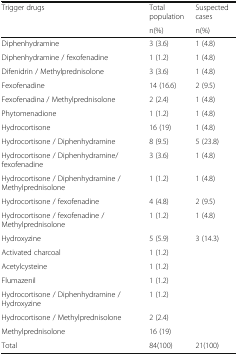
| <ROWSPAN=2> Trigger drugs | Total population | Suspected cases |
 | n(%) | n(%) |
 | --- | --- | --- |
 | Diphenhydramine | 3 (3.6) | 1 (4.8) |
 | Diphenhydramine / fexofenadine | 1 (1.2) | 1 (4.8) |
 | Difenidrin / Methylprednisolone | 3 (3.6) | 1 (4.8) |
 | Fexofenadine | 14 (16.6) | 2 (9.5) |
 | Fexofenadina / Methylprednisolone | 2 (2.4) | 1 (4.8) |
 | Phytomenadione | 1 (1.2) | 1 (4.8) |
 | Hydrocortisone | 16 (19) | 1 (4.8) |
 | Hydrocortisone / Diphenhydramine | 8 (9.5) | 5 (23.8) |
 | Hydrocortisone / Diphenhydramine/ fexofenadine | 3 (3.6) | 1 (4.8) |
 | Hydrocortisone / Diphenhydramine / Methylprednisolone | 1 (1.2) | 1 (4.8) |
 | Hydrocortisone / fexofenadine | 4 (4.8) | 2 (9.5) |
 | Hydrocortisone / fexofenadine / Methylprednisolone | 1 (1.2) | 1 (4.8) |
 | Hydroxyzine | 5 (5.9) | 3 (14.3) |
 | Activated charcoal | 1 (1.2) |  |
 | Acetylcysteine | 1 (1.2) |  |
 | Flumazenil | 1 (1.2) |  |
 | Hydrocortisone / Diphenhydramine / Hydroxyzine | 1 (1.2) |  |
 | Hydrocortisone / Methylprednisolone | 2 (2.4) |  |
 | Methylprednisolone | 16 (19) |  |
 | Total | 84(100) | 21(100) |